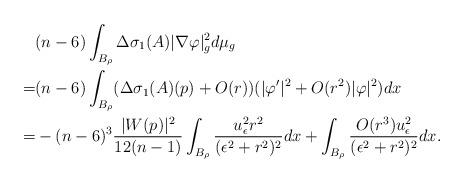
LaTeX: \begin{align*}&(n-6)\int_{B_\rho}\Delta\sigma_1(A)|\nabla\varphi|_g^2d\mu_g\\=& (n-6)\int_{B_\rho}(\Delta\sigma_1(A)(p)+O(r))(|\varphi'|^2+O(r^2)|\varphi|^2)dx \\=& -(n-6)^3\frac{|W(p)|^2}{12(n-1)}\int_{B_\rho}\frac{u_\epsilon^2r^2}{(\epsilon^2+r^2)^2}dx+\int_{B_\rho}\frac{O(r^3)u_\epsilon^2}{(\epsilon^2+r^2)^2}dx.\end{align*}